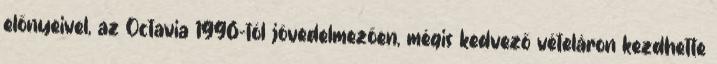
előnyeivel, az Octavia 1996-tól jövedelmezően, mégis kedvező vételáron kezdhette